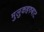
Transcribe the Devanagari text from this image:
मुलुकहरुबाट